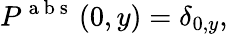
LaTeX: P^{\mathrm{~a~b~s~}}\left(0,y\right)=\delta_{0,y},